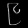
Digit: ၉